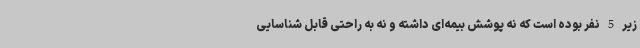
زیر 5 نفر بوده است که نه پوشش بیمه‌ای داشته و نه به راحتی قابل شناسایی